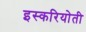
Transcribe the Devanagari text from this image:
इस्करियोती